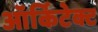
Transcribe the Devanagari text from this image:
ऑर्किटेक्ट